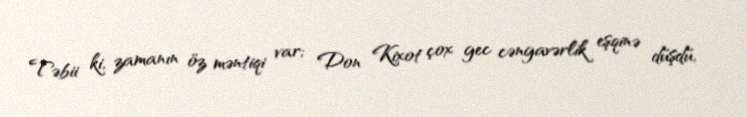
Təbii ki, zamanın öz məntiqi var; Don Kixot çox gec cəngavərlik eşqinə düşdü,